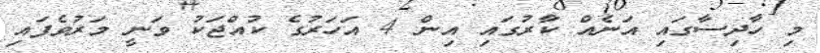
މި ހާދިސާގައި އަނެއް ކާރުގައި އިން 4 އަހަރުގެ ކުއްޖަކު ވަނީ މަރުވެފައި